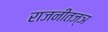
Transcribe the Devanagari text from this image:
राजनीतज्ञ